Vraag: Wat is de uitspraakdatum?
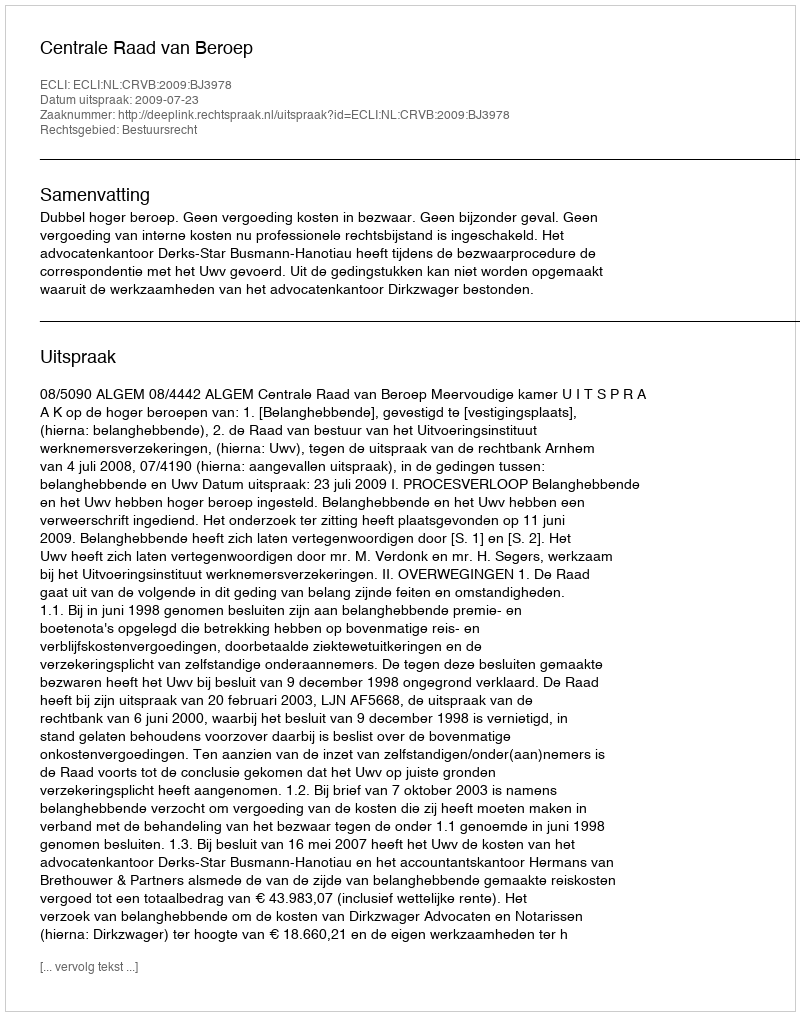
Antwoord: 2009-07-23